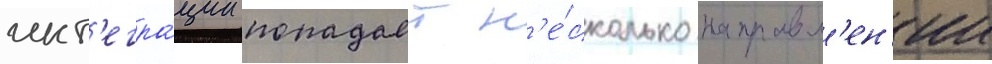
инт'егра́ции попадает н'е́сколько направл'ен'ии